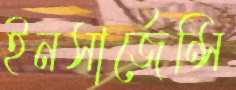
ইনসার্জেন্সি